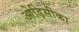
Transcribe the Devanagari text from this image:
ओड़िसीका